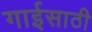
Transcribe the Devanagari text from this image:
गाईसाठी